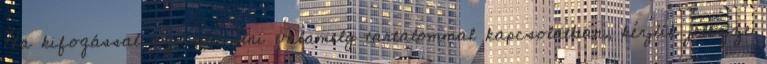
Ha kifogással szeretne élni valamely tartalommal kapcsolatban, kérjük jelezze